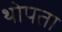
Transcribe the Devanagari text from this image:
थोपता